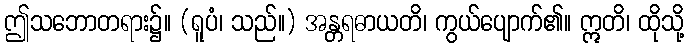
ဤသဘောတရား၌။ (ရူပံ၊ သည်။) အန္တရဓာယတိ၊ ကွယ်ပျောက်၏။ ဣတိ၊ ထိုသို့